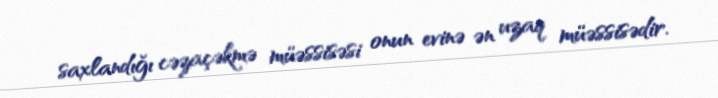
saxlandığı cəzaçəkmə müəssisəsi onun evinə ən uzaq müəssisədir.